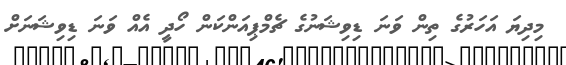
މިދިޔަ އަހަރުގެ ތިން ވަނަ ޑިވިޝަނުގެ ޗެމްޕިއަންކަން ހޯދީ އެއް ވަނަ ޑިވިޝަނަށް